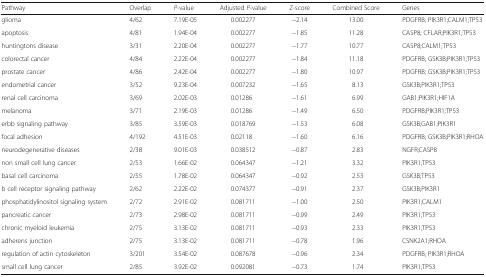
<table><thead><tr><td><b>Pathway</b></td><td><b>Overlap</b></td><td><b><i>P</i>-value</b></td><td><b>Adjusted <i>P</i>-value</b></td><td><b>Z-score</b></td><td><b>Combined Score</b></td><td><b>Genes</b></td></tr></thead><tbody><tr><td>glioma</td><td>4/62</td><td>7.19E-05</td><td>0.002277</td><td>−2.14</td><td>13.00</td><td>PDGFRB; PIK3R1;CALM1;TP53</td></tr><tr><td>apoptosis</td><td>4/81</td><td>1.94E-04</td><td>0.002277</td><td>−1.85</td><td>11.28</td><td>CASP8; CFLAR;PIK3R1;TP53</td></tr><tr><td>huntingtons disease</td><td>3/31</td><td>2.20E-04</td><td>0.002277</td><td>−1.77</td><td>10.77</td><td>CASP8;CALM1;TP53</td></tr><tr><td>colorectal cancer</td><td>4/84</td><td>2.22E-04</td><td>0.002277</td><td>−1.84</td><td>11.18</td><td>PDGFRB; GSK3B;PIK3R1;TP53</td></tr><tr><td>prostate cancer</td><td>4/86</td><td>2.42E-04</td><td>0.002277</td><td>−1.80</td><td>10.97</td><td>PDGFRB; GSK3B;PIK3R1;TP53</td></tr><tr><td>endometrial cancer</td><td>3/52</td><td>9.23E-04</td><td>0.007232</td><td>−1.65</td><td>8.13</td><td>GSK3B;PIK3R1;TP53</td></tr><tr><td>renal cell carcinoma</td><td>3/69</td><td>2.02E-03</td><td>0.01286</td><td>−1.61</td><td>6.99</td><td>GAB1;PIK3R1;HIF1A</td></tr><tr><td>melanoma</td><td>3/71</td><td>2.19E-03</td><td>0.01286</td><td>−1.49</td><td>6.50</td><td>PDGFRB;PIK3R1;TP53</td></tr><tr><td>erbb signaling pathway</td><td>3/85</td><td>3.59E-03</td><td>0.018769</td><td>−1.53</td><td>6.08</td><td>GSK3B;GAB1;PIK3R1</td></tr><tr><td>focal adhesion</td><td>4/192</td><td>4.51E-03</td><td>0.02118</td><td>−1.60</td><td>6.16</td><td>PDGFRB; GSK3B;PIK3R1;RHOA</td></tr><tr><td>neurodegenerative diseases</td><td>2/38</td><td>9.01E-03</td><td>0.038512</td><td>−0.87</td><td>2.83</td><td>NGFR;CASP8</td></tr><tr><td>non small cell lung cancer</td><td>2/53</td><td>1.66E-02</td><td>0.064347</td><td>−1.21</td><td>3.32</td><td>PIK3R1;TP53</td></tr><tr><td>basal cell carcinoma</td><td>2/55</td><td>1.78E-02</td><td>0.064347</td><td>−0.92</td><td>2.53</td><td>GSK3B;TP53</td></tr><tr><td>b cell receptor signaling pathway</td><td>2/62</td><td>2.22E-02</td><td>0.074377</td><td>−0.91</td><td>2.37</td><td>GSK3B;PIK3R1</td></tr><tr><td>phosphatidylinositol signaling system</td><td>2/72</td><td>2.91E-02</td><td>0.081711</td><td>−1.00</td><td>2.50</td><td>PIK3R1;CALM1</td></tr><tr><td>pancreatic cancer</td><td>2/73</td><td>2.98E-02</td><td>0.081711</td><td>−0.99</td><td>2.49</td><td>PIK3R1;TP53</td></tr><tr><td>chronic myeloid leukemia</td><td>2/75</td><td>3.13E-02</td><td>0.081711</td><td>−0.93</td><td>2.33</td><td>PIK3R1;TP53</td></tr><tr><td>adherens junction</td><td>2/75</td><td>3.13E-02</td><td>0.081711</td><td>−0.78</td><td>1.96</td><td>CSNK2A1;RHOA</td></tr><tr><td>regulation of actin cytoskeleton</td><td>3/201</td><td>3.54E-02</td><td>0.087678</td><td>−0.96</td><td>2.34</td><td>PDGFRB; PIK3R1;RHOA</td></tr><tr><td>small cell lung cancer</td><td>2/85</td><td>3.92E-02</td><td>0.092081</td><td>−0.73</td><td>1.74</td><td>PIK3R1;TP53</td></tr></tbody></table>